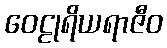
ဝေဠုရိယရာဇီဝ